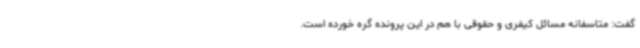
گفت: متاسفانه مسائل کیفری و حقوقی با هم در این پرونده گره خورده است.